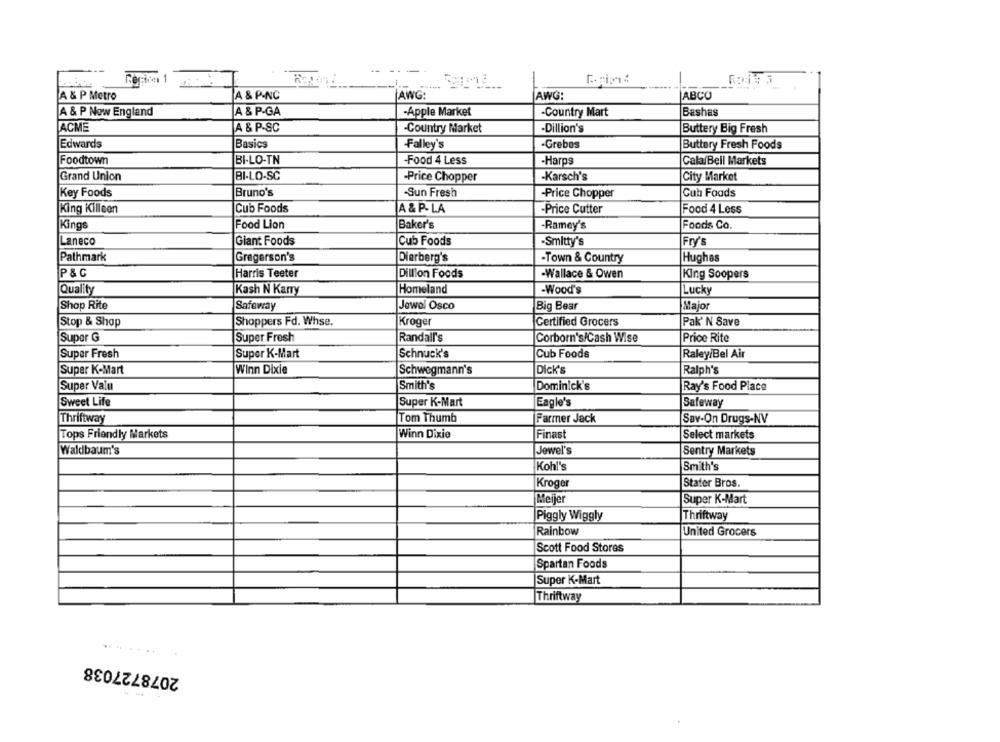
-- ----
ecica 1
A & P Metro
A & P-NC
AWG:
AWG:
ABCO
A & P Now England
A & P-GA
-Country Mart
Bashas
-Apple Market
ACME
A & P-SC
-Country Market
-Dillion's
Buttery Big Fresh
Edwards
Basics
-Falley's
-Grebes
Buttery Fresh Foods
Foodtown
BI-LO-TN
-Food 4 Less
-Harps
Cala/Beil Markets
Grand Union
BI-LO-SC
-Price Chopper
-Karsch's
City Market
Key Foods
Bruno's
-Sun Fresh
-Price Chopper
Cub Foods
A & P- LA
King Killeen
Cub Foods
-Price Cutter
Food 4 Less
|Kings
Food Lion
Baker's
Ramey's
Foods Co.
Laneco
Giant Foods
Cub Foods
-Smitty's
Fry's
Pathmark
Gregerson's
Dierberg's
-Town & Country
Hughes
P & C
Harris Teeter
Dillion Foods
Wallace & Owen
King Soopers
Quality
Homeland
Kash N Karry
-Wood's
Lucky
Shop Rite
Jewel Osco
Safeway
Big Bear
Major
Stop & Shop
Shoppers Fd. Whse.
Kroger
Certified Grocers
Pak' N Save
Super G
Super Fresh
Randall's
Corborn's/Cash Wise
Price Rite
Super Fresh
Super K-Mart
Schnuck's
Cub Foods
Raley/Bel Air
Super K-Mart
Winn Dixie
Schwegmann's
Dick's
Ralph's
Super Valu
Smith's
Dominick's
Ray's Food Place
Sweet Life
Super K-Mart
Eagle's
Safeway
Thriftway
Tom Thumb
Farmer Jack
Sav-On Drugs-NV
Tops Friendly Markets
Winn Dixie
Finast
Select markets
Waldbaum's
Jewel's
Sentry Markets
[Kohl's
Smith's
Kroger
Stater Bros.
Meijer
Super K-Mart
Piggly Wiggly
Thriftway
Rainbow
United Grocers
Scott Food Stores
Spartan Foods
Super K-Mart
Thriftway
...
2078727038